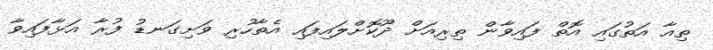
ތިއާ އަތުގައި އޮތް ފައިވާން ތިރިއަށް ދޫކޮށްލައިފައި އެތާހުރި ވަށިގަނޑު ފުރާ އަޅާފައިވާ